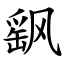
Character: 飖